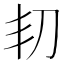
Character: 㓞